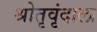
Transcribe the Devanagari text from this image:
श्रोतृवृंदाला